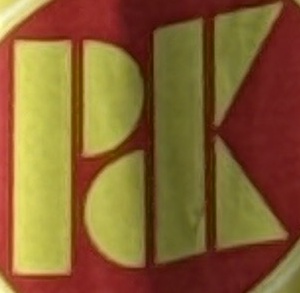
PDK